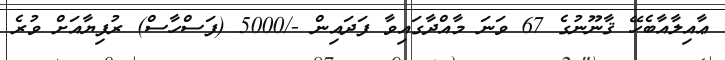
ޢާއިލާއާބެހޭ ޤާނޫނުގެ 67 ވަނަ މާއްދާގައިވާ ފަދައިން -/5000 (ފަސްހާސް) ރުފިޔާއަށް ވުރެ